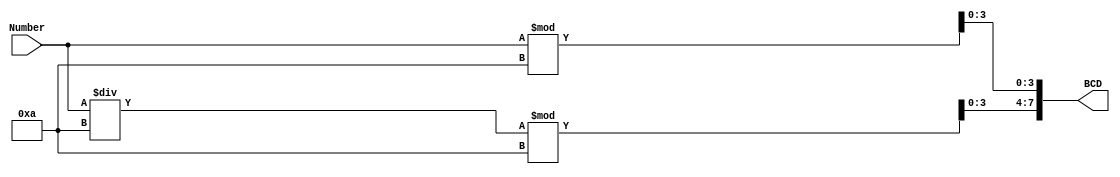
// Module Name:    Binary_to_BCD 

module Binary_to_BCD(Number,BCD);
	input [5:0] Number;
	output reg [7:0] BCD;
	always@(Number)
	begin
		BCD[3:0] = (Number % 10);
		BCD[7:4] = (Number / 10)%10;
	end
endmodule